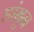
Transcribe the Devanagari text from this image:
डांबुन